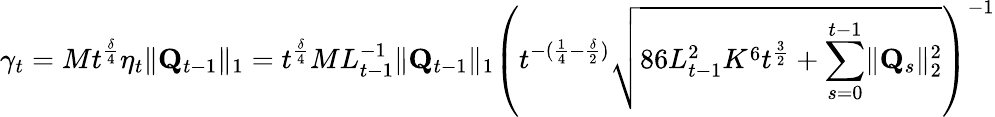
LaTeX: \gamma_{t}=Mt^{\frac\delta 4}\eta_{t}\lVert\mathbf Q_{t-1}\rVert_{1}=t^{\frac\delta 4}ML_{t-1}^{-1}\lVert\mathbf Q_{t-1}\rVert_{1}\left(t^{-(\frac 14-\frac\delta 2)}\sqrt{86L_{t-1}^{2}K^{6}t^{\frac 32}+\sum_{s=0}^{t-1}\lVert\mathbf Q_{s}\rVert_{2}^{2}}\right)^{-1}